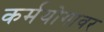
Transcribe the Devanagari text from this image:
कर्मयोगावर